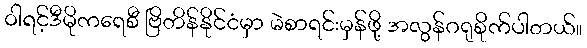
ဝါရင့်ဒီမိုကရေစီ ဗြိတိန်နိုင်ငံမှာ မဲစာရင်းမှန်ဖို့ အလွန်ဂရုစိုက်ပါတယ်။